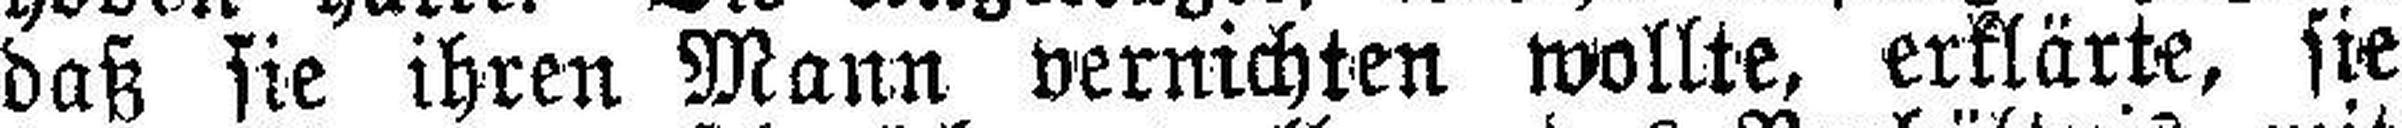
daß sie ihren Mann vernichten wollte, erklärte, sie